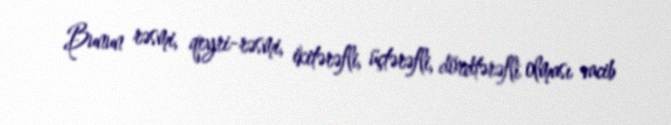
Bunun rəsmi, qeyri-rəsmi, ikitərəfli, üçtərəfli, dördtərəfli olması vacib